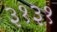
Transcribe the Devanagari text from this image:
३१३१